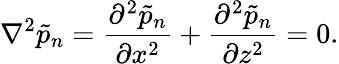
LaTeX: \nabla^{2}\tilde{p}_{n}=\frac{\partial^{2}\tilde{p}_{n}}{\partial x^{2}}+\frac{\partial^{2}\tilde{p}_{n}}{\partial z^{2}}=0.